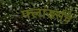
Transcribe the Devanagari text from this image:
फ्लांडर्सचे